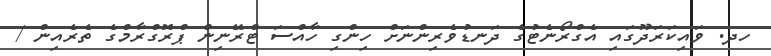
ހދ. ވައިކަރަދޫގައި އެގްރޯނެޓުގެ ދަނޑުވެރިންނަށް ހިންގި ހާއްސަ ޓްރޭނިން ޕްރޮގްރާމްގެ ތެރެއިން /